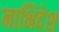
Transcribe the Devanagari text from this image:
नाभिदेश